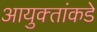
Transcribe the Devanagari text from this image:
आयुक्‍तांकडे